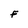
Character: F